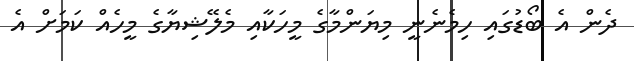
ދެން އެ ބޯޑުގައި ހިމެނެނީ މިޔަންމާގެ މީހަކާއި މެލޭޝިޔާގެ މީހެއް ކަމަށް އެ